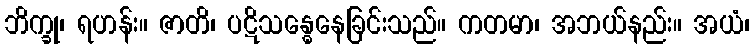
ဘိက္ခု၊ ရဟန်း။ ဇာတိ၊ ပဋိသန္ဓေနေခြင်းသည်။ ကတမာ၊ အဘယ်နည်း။ အယံ၊